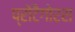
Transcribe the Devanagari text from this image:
प्रोटैगोरस